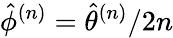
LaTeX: \hat{\phi}^{(n)}=\hat{\theta}^{(n)}/2n